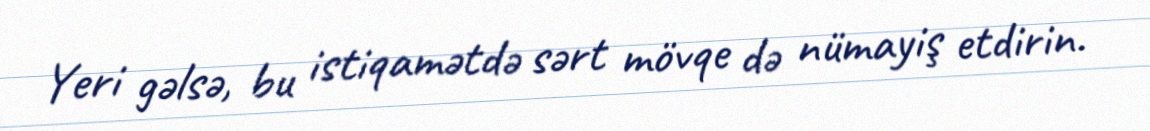
Yeri gəlsə, bu istiqamətdə sərt mövqe də nümayiş etdirin.